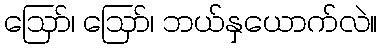
ဪ၊ ဪ၊ ဘယ်နှယောက်လဲ။